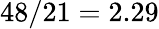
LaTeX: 48/21=2.29